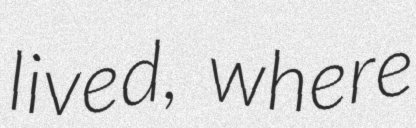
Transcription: lived, where